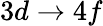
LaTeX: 3d\rightarrow 4f